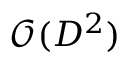
\mathcal { O } ( D ^ { 2 } )